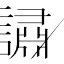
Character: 𬣉